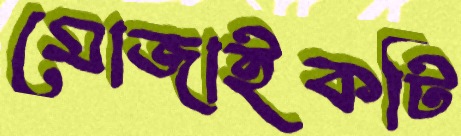
মোজাইকটি